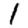
Digit: 1